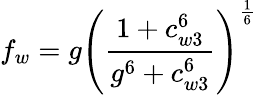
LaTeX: f_{w}=g\left(\frac{1+c_{w3}^{6}}{g^{6}+c_{w3}^{6}}\right)^{\frac{1}{6}}